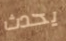
يحدث